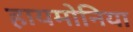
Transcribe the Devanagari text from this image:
हायमोनिया